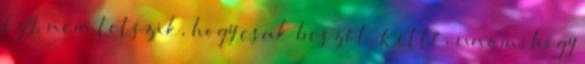
Egy, nem tetszik, hogy csak beszól. Kettő, unom, hogy